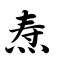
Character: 焘